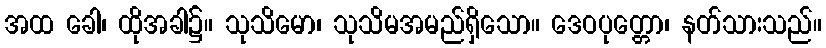
အထ ခေါ၊ ထိုအခါ၌။ သုသိမော၊ သုသိမအမည်ရှိသော။ ဒေဝပုတ္တော၊ နတ်သားသည်။